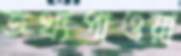
তথ্যপাওয়া